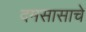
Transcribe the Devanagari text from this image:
दमसासाचे